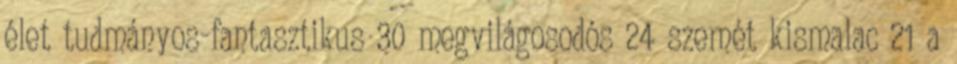
élet tudmányos-fantasztikus 30 megvilágosodós 24 szemét kismalac 21 a